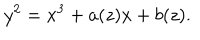
y ^ { 2 } = x ^ { 3 } + a ( z ) x + b ( z ) .